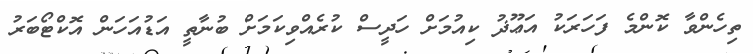
ތިހެންވާ ކޮންމެ ފަހަރަކު އަޢޫޛު ކިއުމަށް ހަދީސް ކުރެއްވިކަމަށް ބުނާތީ އަޑުއަހަން އޮކްޓޯބަރު